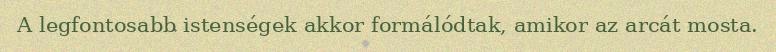
A legfontosabb istenségek akkor formálódtak, amikor az arcát mosta.